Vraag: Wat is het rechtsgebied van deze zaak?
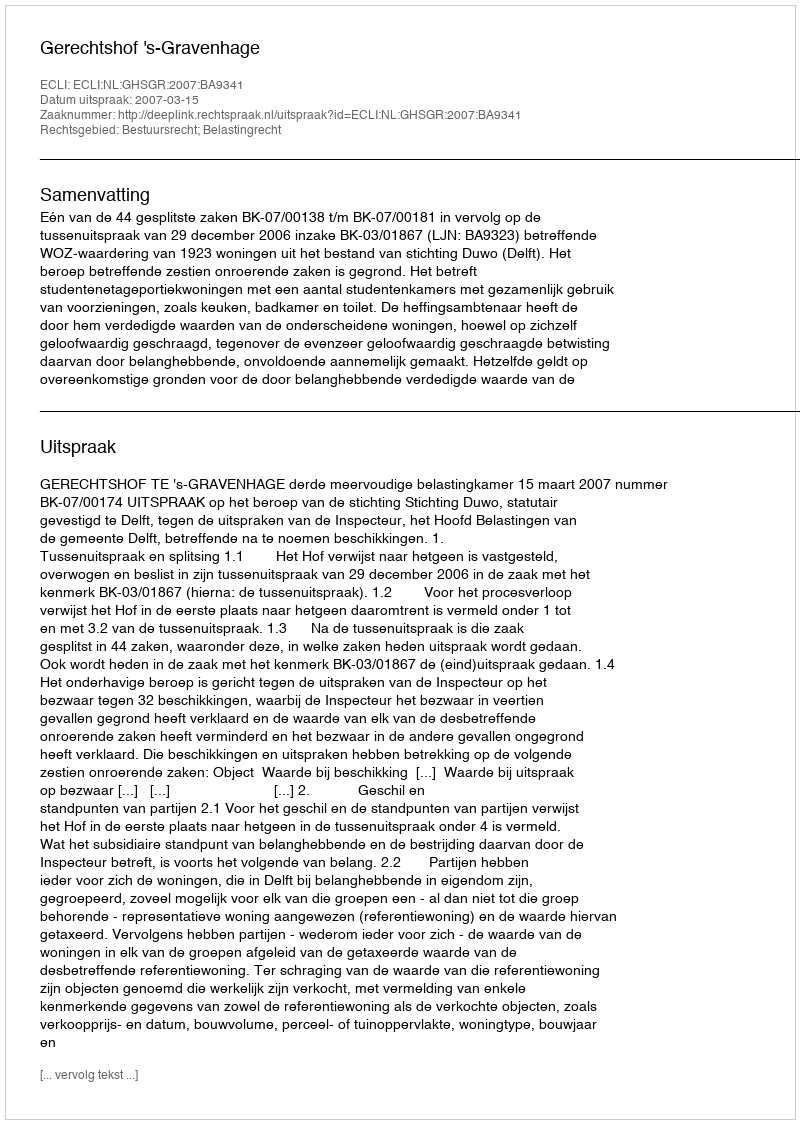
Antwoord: Bestuursrecht; Belastingrecht